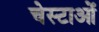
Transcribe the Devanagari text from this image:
चेस्टाओं